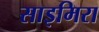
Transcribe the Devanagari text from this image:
साइमिरा